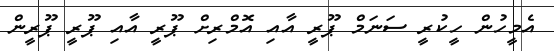
އެމީހުން ހީކުރީ ސަނަމް ޕޫރީ އާއި އޮމްރިށް ޕޫރީ އާއި ޕޫރީ ޕޫރީން